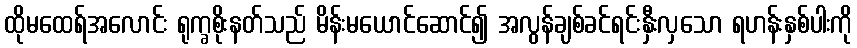
ထိုမထေရ်အလောင်း ရုက္ခစိုးနတ်သည် မိန်းမယောင်ဆောင်၍ အလွန်ချစ်ခင်ရင်းနှီးလှသော ရဟန်းနှစ်ပါးကို